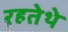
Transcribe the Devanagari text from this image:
रहतेथे